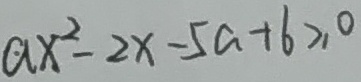
a x ^ { 2 } - 2 x - 5 a + 6 \geq 0